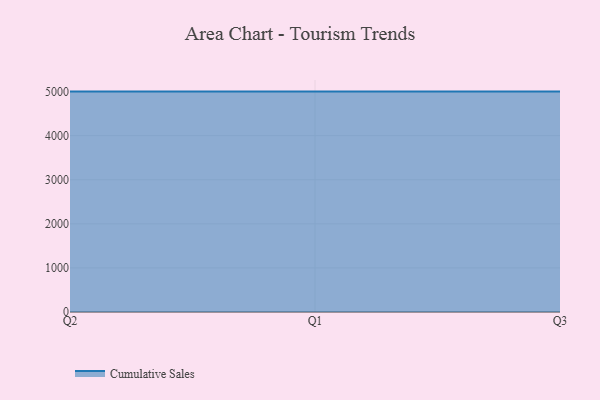
{"axis": {"x": "Quarter", "y": "Tickets Resolved"}, "legend": ["Cumulative Sales"], "data": [{"x": "Q2", "y": 5000, "type": "Cumulative Sales"}, {"x": "Q1", "y": 5000, "type": "Cumulative Sales"}, {"x": "Q3", "y": 5000, "type": "Cumulative Sales"}]}